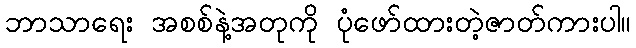
ဘာသာရေး အစစ်နဲ့အတုကို ပုံဖော်ထားတဲ့ဇာတ်ကားပါ။